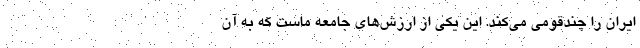
ایران را چند‌قومی می‌کند. این یکی از ارزش‌های جامعه ماست که به آن